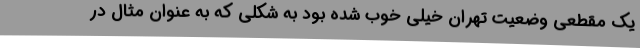
یک مقطعی وضعیت تهران خیلی خوب شده بود به شکلی که به عنوان مثال در